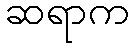
ဆရာက